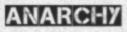
ANARCHY